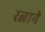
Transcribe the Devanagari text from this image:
रत्नाने